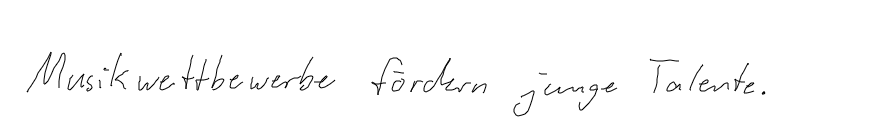
Musikwettbewerbe fördern junge Talente.